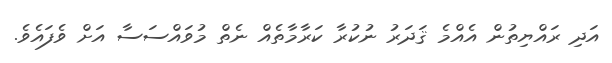
އަދި ރައްޔިތުން އެއްމެ ޤަދަރު ނުކުރާ ކަރާމާތެއް ނެތް މުވައްސަސާ އަށް ވެފައެވެ.